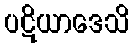
ပဋိယာဒေသိ